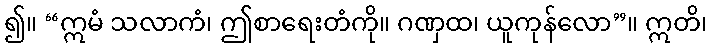
၍။ “ဣမံ သလာကံ၊ ဤစာရေးတံကို။ ဂဏှထ၊ ယူကုန်လော”။ ဣတိ၊